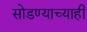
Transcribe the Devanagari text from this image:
सोडण्याच्याही